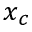
x _ { c }